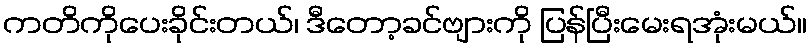
ကတိကိုပေးခိုင်းတယ်၊ ဒီတော့ခင်ဗျားကို ပြန်ပြီးမေးရအုံးမယ်။